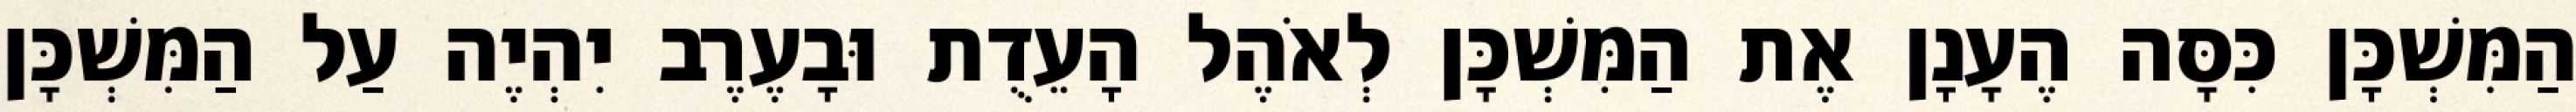
הַמִּשְׁכָּן כִּסָּה הֶעָנָן אֶת הַמִּשְׁכָּן לְאֹהֶל הָעֵדֻת וּבָעֶרֶב יִהְיֶה עַל הַמִּשְׁכָּן